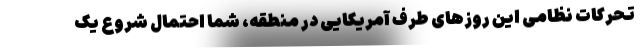
تحرکات نظامی این روزهای طرف آمریکایی در منطقه، شما احتمال شروع یک